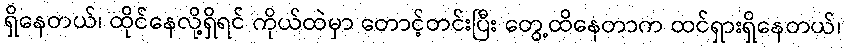
ရှိနေတယ်၊ ထိုင်နေလို့ရှိရင် ကိုယ်ထဲမှာ တောင့်တင်းပြီး တွေ့ထိနေတာက ထင်ရှားရှိနေတယ်၊